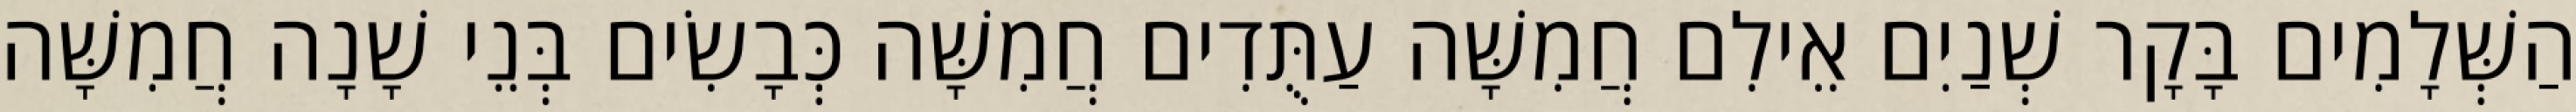
הַשְּׁלָמִים בָּקָר שְׁנַיִם אֵילִם חֲמִשָּׁה עַתֻּדִים חֲמִשָּׁה כְּבָשִׂים בְּנֵי שָׁנָה חֲמִשָּׁה